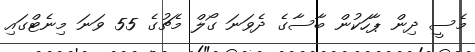
މެސީ ދިން ޕާހަކުން ބާސާގެ ދެވަނަ ގޯލް މެޗުގެ 55 ވަނަ މިނެޓްގައި